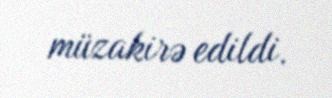
müzakirə edildi.